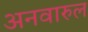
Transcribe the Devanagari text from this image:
अनवारुल